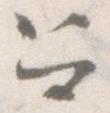
召